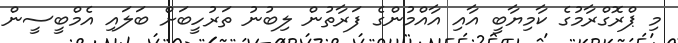
މި ޕްރޮގްރާމުގެ ކާމިޔާބީ އާއި އާއްމުންގެ ފަރާތުން ލިބުނު ތަރުހީބަށް ބަލައި އެމްބީސީން